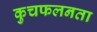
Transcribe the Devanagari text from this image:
कुचफलनता